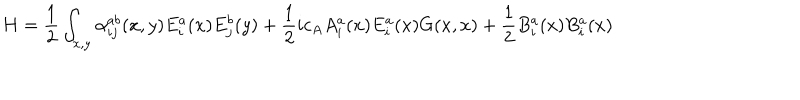
H = { \frac { 1 } { 2 } } \int _ { x , y } \alpha _ { i j } ^ { a b } ( x , y ) E _ { i } ^ { a } ( x ) E _ { j } ^ { b } ( y ) + { \frac { 1 } { 2 } } i c _ { A } A _ { i } ^ { a } ( x ) E _ { i } ^ { a } ( x ) G ( x , x ) + { \frac { 1 } { 2 } } B _ { i } ^ { a } ( x ) B _ { i } ^ { a } ( x )